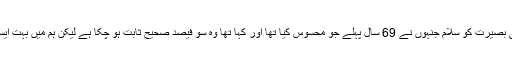
ہندوستانی مسلمانوں کے قائد اعظم ابوالکلام آزاد کی بصیرت کو سلام جنہوں نے 69 سال پہلے جو محسوس کیا تھا اور کہا تھا وہ سو فیصد صحیح ثابت ہو چکا ہے لیکن ہم میں بہت ایسے ہیں جن کی آنکھوں پر آج بھی پردے پڑے ہیں۔